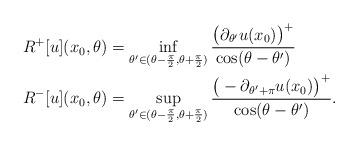
LaTeX: \begin{align*}R^+[u](x_0, \theta) & = \inf_{\theta' \in (\theta - \frac{\pi}{2},\theta + \frac{\pi}{2} )} \frac{\big( \partial_{\theta'} u(x_0) \big)^+}{ \cos(\theta - \theta')} \\R^-[u](x_0, \theta) & = \sup_{\theta' \in (\theta - \frac{\pi}{2},\theta + \frac{\pi}{2} )} \frac{\big( - \partial_{\theta' + \pi } u(x_0) \big)^+}{ \cos(\theta - \theta')}.\end{align*}